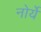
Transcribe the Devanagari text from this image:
नोर्ये